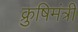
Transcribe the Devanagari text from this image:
क्रुषिमंत्री